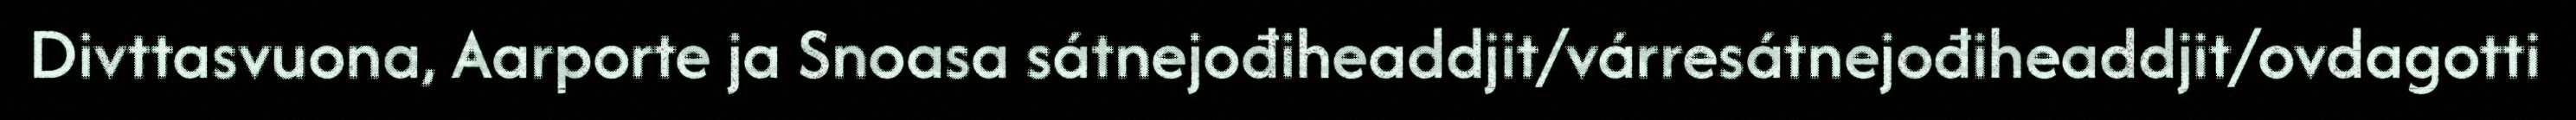
Divttasvuona, Aarporte ja Snoasa sátnejođiheaddjit/várresátnejođiheaddjit/ovdagotti